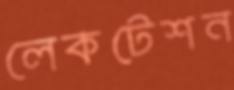
লেকটেশন